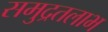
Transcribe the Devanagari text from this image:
समुद्रतलाभ